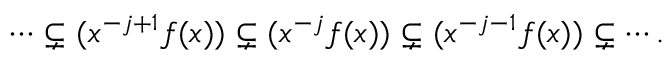
\cdots \subsetneq ( x ^ { - j + 1 } f ( x ) ) \subsetneq ( x ^ { - j } f ( x ) ) \subsetneq ( x ^ { - j - 1 } f ( x ) ) \subsetneq \cdots .